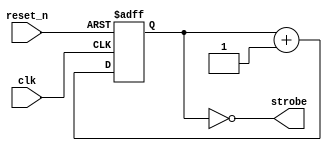
module timer
# (
    parameter counter_width = 23
)
(
    input  clk,
    input  reset_n,
    output strobe
);

    reg [counter_width - 1:0] counter;

    always @(posedge clk or negedge reset_n)
    begin
        if (! reset_n)
            counter <= 0;
        else
            counter <= counter + 1;
    end

    assign strobe = (counter == { counter_width { 1'b0 } });

endmodule

module top_3
# (
    parameter n_anodes = 8
)
(
    input         clk,
    input         reset_n,

    input         btn_up,
    input         btn_down,
    input         btn_left,
    input         btn_right,
    input         btn_center,

    input  [15:0] sw, 

    output [15:0] led,

    output        seg_a,
    output        seg_b,
    output        seg_c,
    output        seg_d,
    output        seg_e,
    output        seg_f,
    output        seg_g,

    output reg [n_anodes - 1:0] anodes
);

    wire move_anode;

    timer # (.counter_width (18))
    i_timer_move_anode
    (
        .clk     ( clk        ),
        .reset_n ( reset_n    ),
        .strobe  ( move_anode )
    );

    always @ (posedge clk or negedge reset_n)
        if (! reset_n)
            anodes <= { 1'b0, { n_anodes - 1 { 1'b1 } } };
        else if (move_anode)
            anodes <= { anodes [0], anodes [n_anodes - 1: 1] };

    wire move_segment;

    timer # (.counter_width (23))
    i_timer_move_segment
    (
        .clk     ( clk          ),
        .reset_n ( reset_n      ),
        .strobe  ( move_segment )
    );

    assign led [0] = clk;
    assign led [1] = reset_n;
    assign led [2] = move_anode;
    assign led [3] = move_segment;
    assign led [15:8] = anodes [7:0];

    reg [5:0] new_abcdef, old_abcdef;

    always @*
    begin
        new_abcdef [1] = old_abcdef [0];
        new_abcdef [2] = old_abcdef [1];
        new_abcdef [3] = old_abcdef [2];
        new_abcdef [4] = old_abcdef [3];
        new_abcdef [5] = old_abcdef [4];
        new_abcdef [0] = old_abcdef [5];
    end

    always @ (posedge clk or negedge reset_n)
        if (! reset_n)
            old_abcdef <= 6'b111110;
        else if (move_segment)
            old_abcdef <= new_abcdef;

    assign { seg_a, seg_b, seg_c, seg_d, seg_e, seg_f } = old_abcdef;
    assign seg_g = 1;

endmodule